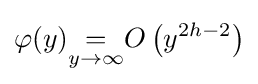
\varphi (y){\underset {y\to \infty }{=}}O\left(y^{2h-2}\right)